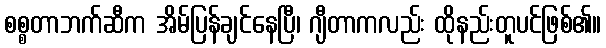
စစ္စတာဘက်ဆီက အိမ်ပြန်ချင်နေပြီ၊ ဂျီတာကလည်း ထိုနည်းတူပင်ဖြစ်၏။